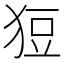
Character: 𤞟